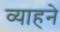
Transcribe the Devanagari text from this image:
व्याहने